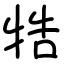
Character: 牿